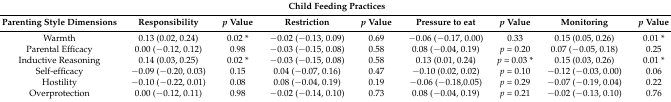
<table><thead><tr><td colspan="9"><b>Child Feeding Practices</b></td></tr><tr><td><b>Parenting Style Dimensions</b></td><td><b>Responsibility</b></td><td><b><i>p</i> Value</b></td><td><b>Restriction</b></td><td><b><i>p</i> Value</b></td><td><b>Pressure to eat</b></td><td><b><i>p</i> Value</b></td><td><b>Monitoring</b></td><td><b><i>p</i> Value</b></td></tr></thead><tbody><tr><td>Warmth</td><td>0.13 (0.02, 0.24)</td><td>0.02 *</td><td>−0.02 (−0.13, 0.09)</td><td>0.69</td><td>−0.06 (−0.17, 0.00)</td><td>0.33</td><td>0.15 (0.05, 0.26)</td><td>0.01 *</td></tr><tr><td>Parental Efficacy</td><td>0.00 (−0.12, 0.12)</td><td>0.98</td><td>−0.03 (−0.15, 0.08)</td><td>0.58</td><td>0.08 (−0.04, 0.19)</td><td><i>p</i> = 0.20</td><td>0.07 (−0.05, 0.18)</td><td>0.25</td></tr><tr><td>Inductive Reasoning</td><td>0.14 (0.03, 0.25)</td><td>0.02 *</td><td>−0.03 (−0.15, 0.08)</td><td>0.58</td><td>0.13 (0.01, 0.24)</td><td><i>p</i> = 0.03 *</td><td>0.15 (0.03, 0.26)</td><td>0.01 *</td></tr><tr><td>Self-efficacy</td><td>−0.09 (−0.20, 0.03)</td><td>0.15</td><td>0.04 (−0.07, 0.16)</td><td>0.47</td><td>−0.10 (0.02, 0.02)</td><td><i>p</i> = 0.10</td><td>−0.12 (−0.03, 0.00)</td><td>0.06</td></tr><tr><td>Hostility</td><td>−0.10 (−0.22, 0.01)</td><td>0.08</td><td>0.08 (−0.04, 0.19)</td><td>0.19</td><td>−0.06 (−0.18,0.05)</td><td><i>p</i> = 0.29</td><td>−0.07 (−0.19, 0.04)</td><td>0.22</td></tr><tr><td>Overprotection</td><td>0.00 (−0.12, 0.11)</td><td>0.98</td><td>−0.02 (−0.14, 0.10)</td><td>0.73</td><td>0.08 (−0.04, 0.19)</td><td><i>p</i> = 0.21</td><td>−0.02 (−0.13, 0.10)</td><td>0.76</td></tr></tbody></table>